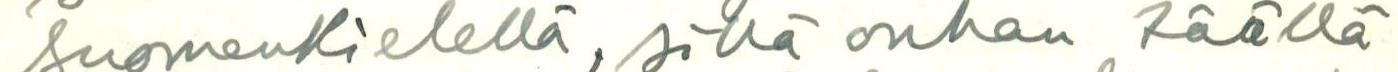
suomenkielellä, sillä onhan täällä